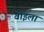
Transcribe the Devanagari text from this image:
वोइला